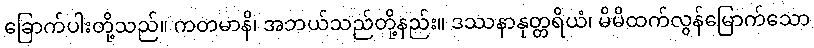
ခြောက်ပါးတို့သည်။ ကတမာနိ၊ အဘယ်သည်တို့နည်း။ ဒဿနာနုတ္တရိယံ၊ မိမိထက်လွန်မြောက်သော